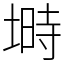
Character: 塒